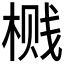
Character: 𮲶